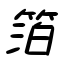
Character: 箔